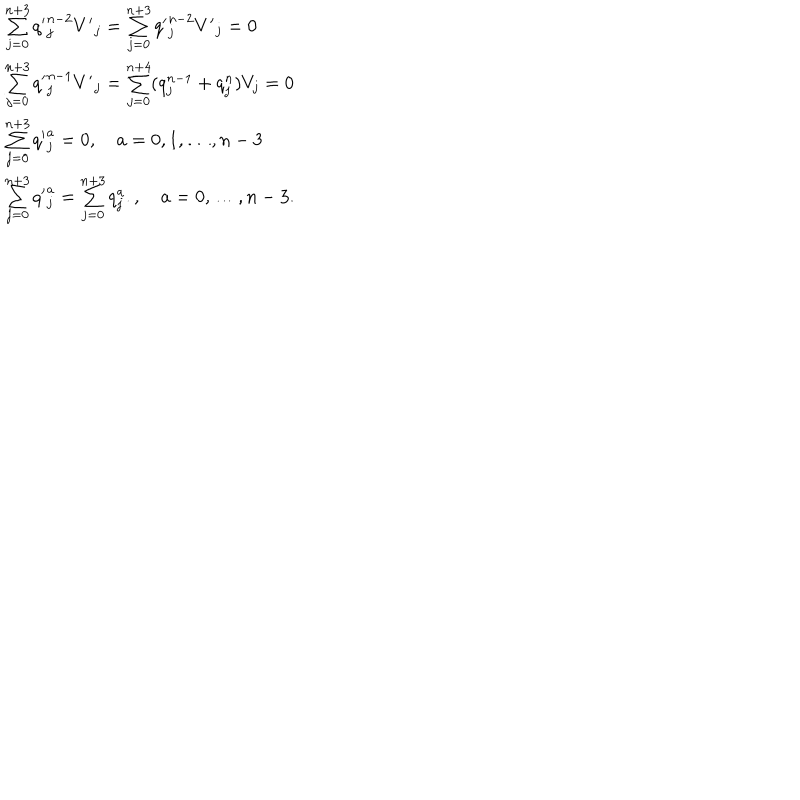
LaTeX: \begin{array} { l c r } { { \sum _ { j = 0 } ^ { n + 3 } { q ^ { \prime } } _ { j } ^ { n - 2 } { V ^ { \prime } } _ { j } = \sum _ { j = 0 } ^ { n + 3 } { q ^ { \prime } } _ { j } ^ { n - 2 } { V ^ { \prime } } _ { j } = 0 } } \\ { { \sum _ { j = 0 } ^ { n + 3 } { q ^ { \prime } } _ { j } ^ { n - 1 } { V ^ { \prime } } _ { j } = \sum _ { j = 0 } ^ { n + 4 } ( q _ { j } ^ { n - 1 } + q _ { j } ^ { n } ) V _ { j } = 0 } } \\ { { \sum _ { j = 0 } ^ { n + 3 } { q ^ { \prime } } _ { j } ^ { a } = 0 , \quad a = 0 , 1 , \ldots , n - 3 } } \\ { { \sum _ { j = 0 } ^ { n + 3 } { q ^ { \prime } } _ { j } ^ { a } = \sum _ { j = 0 } ^ { n + 3 } q _ { j } ^ { a } . , \quad a = 0 , \ldots , n - 3 . } } \\ \end{array}